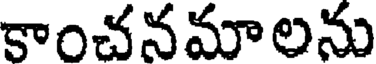
కాంచనమాలను